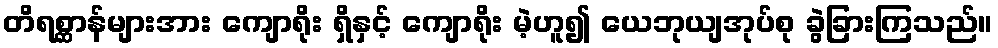
တိရစ္ဆာန်များအား ကျောရိုး ရှိနှင့် ကျောရိုး မဲ့ဟူ၍ ယေဘုယျအုပ်စု ခွဲခြားကြသည်။